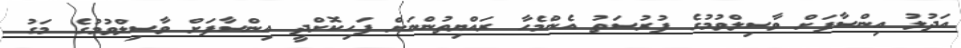
އަދުލު އިންސާފަށް ވާސިލްވުމުގެ ފުރުސަތު އެންމެހާ ރައްޔިތުންނަށް ފަހިކޮށްދީ އިންސާފަށް ވާސިލްވުމުގެ މަގު